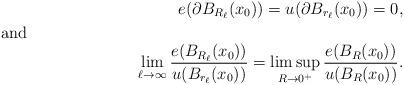
LaTeX: \begin{align*}e(\partial B_{R_\ell}(x_0))=u(\partial B_{r_\ell}(x_0))=0,\\\shortintertext{and}\lim_{\ell\to\infty}\frac{e(B_{R_\ell}(x_0))}{u(B_{r_\ell}(x_0))}=\limsup_{R\to 0^+}\frac{e(B_R(x_0))}{u(B_R(x_0))}.\end{align*}